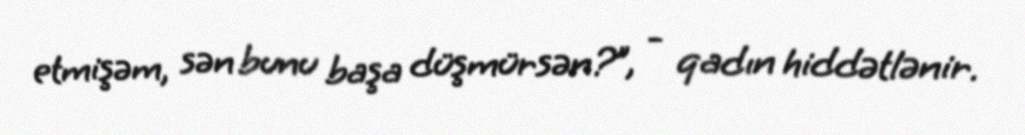
etmişəm, sən bunu başa düşmürsən?”, - qadın hiddətlənir.